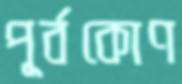
পূর্বকোণ